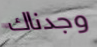
وجدناك